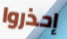
إحذروا